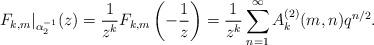
LaTeX: \begin{align*}F_{k,m}|_{\alpha_2^{-1}}(z) = \frac{1}{z^k} F_{k,m} \left(-\frac{1}{z} \right) = \frac{1}{z^k} \sum_{n=1}^\infty A_k^{(2)}(m,n) q^{n/2}.\end{align*}